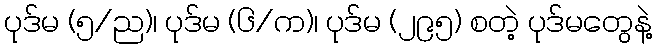
ပုဒ်မ (၅/ည)၊ ပုဒ်မ (၆/က)၊ ပုဒ်မ (၂၉၅) စတဲ့ ပုဒ်မတွေနဲ့